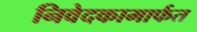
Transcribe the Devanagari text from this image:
निवेदकामार्फत